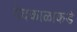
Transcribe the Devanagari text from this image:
वेदकाळाकडे